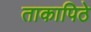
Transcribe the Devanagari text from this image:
ताकापिठे